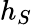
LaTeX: h_{S}